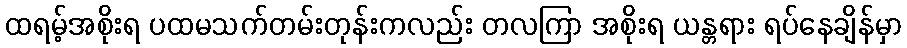
ထရမ့်အစိုးရ ပထမသက်တမ်းတုန်းကလည်း တလကြာ အစိုးရ ယန္တရား ရပ်နေချိန်မှာ